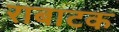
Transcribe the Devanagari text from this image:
राबाटक